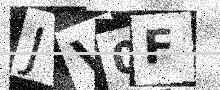
Text: JV0F